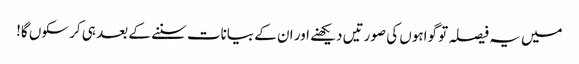
میں یہ فیصلہ تو گواہوں کی صورتیں دیکھنے اور ان کے بیانات سننے کے بعد ہی کر سکوں گا!